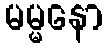
မမ္မနော